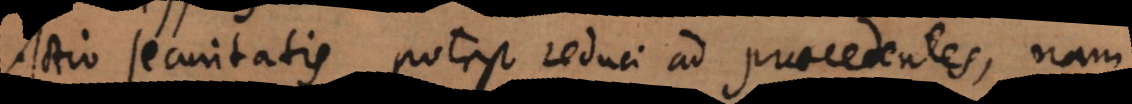
Actio securitatis potest reduci ad praecedentes, nam